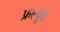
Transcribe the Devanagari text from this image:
फ्रल्युड